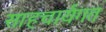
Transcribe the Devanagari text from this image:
साहचार्यगत